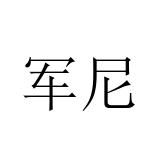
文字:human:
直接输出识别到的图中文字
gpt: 军尼